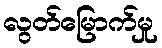
လွတ်မြောက်မှု